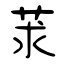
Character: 莍